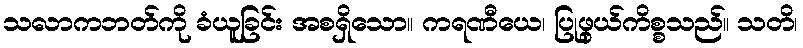
သလာကဘတ်ကို ခံယူခြင်း အစရှိသော။ ကရဏီယေ၊ ပြုဖွယ်ကိစ္စသည်။ သတိ၊